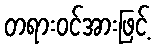
တရားဝင်အားဖြင့်